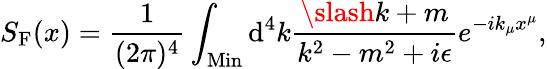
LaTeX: S_{\mathrm{F}}(x)=\frac{1}{(2\pi)^{4}}\int_{\mathrm{Min}}\mathrm{d}^{4}k\frac{\slash{k}+m}{k^{2}-m^{2}+i\epsilon}e^{-ik_{\mu}x^{\mu}},